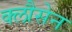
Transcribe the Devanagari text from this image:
क्लौसेन